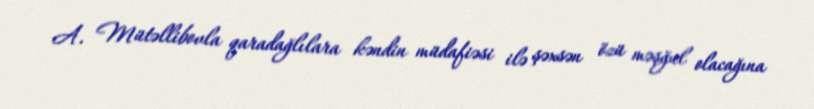
A. Mütəllibovla qaradağlılara kəndin müdafiəsi ilə şəxsən özü məşğul olacağına